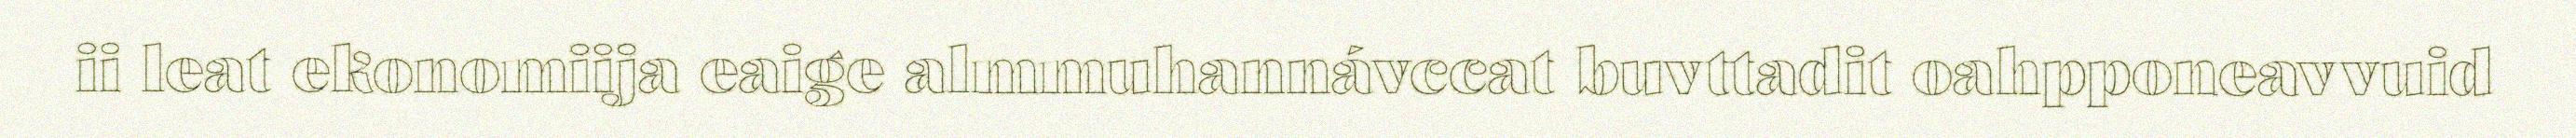
ii leat ekonomiija eaige almmuhannávccat buvttadit oahpponeavvuid